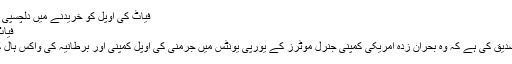
فیاٹ کی اوپل کو خریدنے میں دلچسپی | معاشرہ | DW | 04.05.2009
فیاٹ کی اوپل کو خریدنے میں دلچسپی
اطالوی کارساز ادارے فیاٹ نے تصدیق کی ہے کہ وہ بحران زدہ امریکی کمپنی جنرل موٹرز کے یورپی یونٹس میں جرمنی کی اوپل کمپنی اور برطانیہ کی واکس ہال کو خریدنے میں دلچسپی رکھتا ہے۔